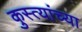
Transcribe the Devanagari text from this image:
कुस्त्यांच्या